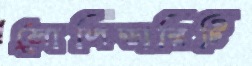
সোলিডারিটি